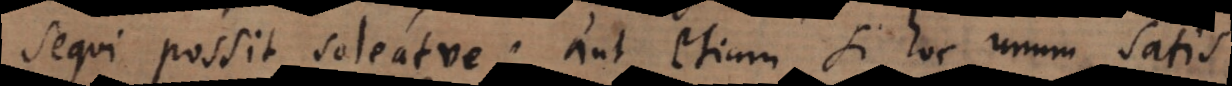
sequi possit soleatve; aut etiam si hoc unum